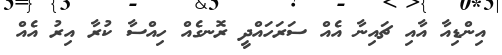
އިންޑިއާ އާއި ޗައިނާ އެއް ސަރަހައްދީ ރޮނގެއް ހިއްސާ ކުރާ އިރު އެއް